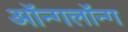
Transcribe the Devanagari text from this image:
ऑन्गलॉन्ग